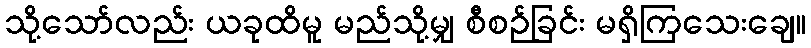
သို့သော်လည်း ယခုထိမူ မည်သို့မျှ စီစဉ်ခြင်း မရှိကြသေးချေ။